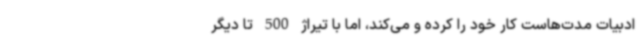
ادبیات مدت‌هاست کار خود را کرده و می‌کند، اما با تیراژ 500 تا دیگر